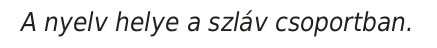
A nyelv helye a szláv csoportban.